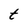
Character: t